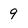
Character: 9